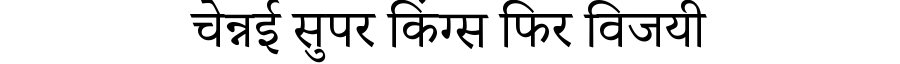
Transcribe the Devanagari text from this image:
चेन्नई सुपर किंग्स फिर विजयी